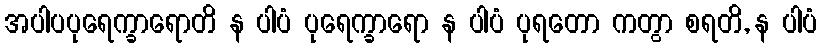
အပါပပုရေက္ခာရောတိ န ပါပံ ပုရေက္ခာရော န ပါပံ ပုရတော ကတွာ စရတိ, န ပါပံ